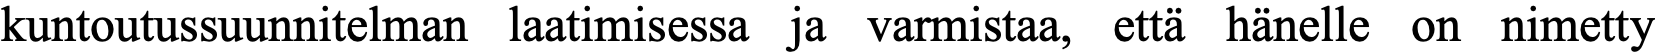
kuntoutussuunnitelman laatimisessa ja varmistaa, että hänelle on nimetty